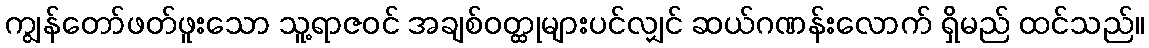
ကျွန်တော်ဖတ်ဖူးသော သူ့ရာဇဝင် အချစ်ဝတ္ထုများပင်လျှင် ဆယ်ဂဏန်းလောက် ရှိမည် ထင်သည်။